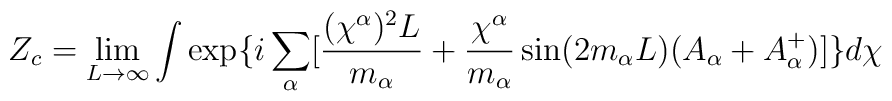
Z_c= \lim_{L \rightarrow \infty} \int \exp \{i \sum_{\alpha}[\frac{(\chi^{\alpha})^2L}{m_{\alpha}}+ \frac{\chi^{\alpha}}{m_{\alpha}}\sin(2m_{\alpha}L)(A_{\alpha}+A_{\alpha}^+)] \}d \chi